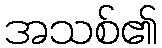
အသစ်၏